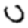
Digit: 0